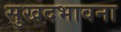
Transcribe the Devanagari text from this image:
सुखदभावना